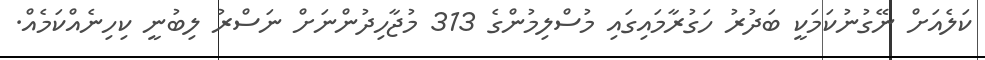
ކަލެއަށް ނޭގުނުކަމަކީ ބަދުރު ހަގުރާމައިގައި މުސްލިމުންގެ 313 މުޖާހިދުންނަށް ނަސްރު ލިބުނީ ކިހިނެއްކަމެއް.